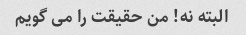
البته نه! من حقیقت را می گویم